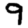
Digit: 9